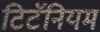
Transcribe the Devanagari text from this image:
टिटॅनियम